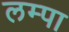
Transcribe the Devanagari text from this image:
लम्पा